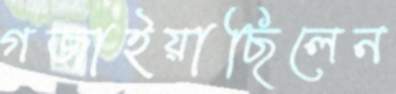
গজাইয়াছিলেন